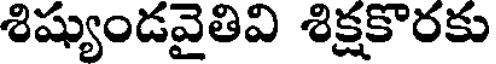
శిష్యుండవైతివి శిక్షకొరకు